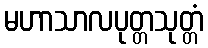
မဟာသာလပုတ္တသုတ္တံ